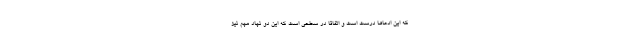
که این ادعاها درست است و اتفاقاً در سطحی است که این دو نهاد مهم نیز